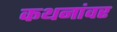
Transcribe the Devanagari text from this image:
कथनांवर